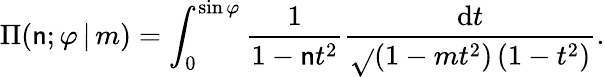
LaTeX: \Pi(\mathsf{n};\varphi\, |\, m)=\int_{0}^{\sin\varphi}{\frac{{1}}{{1-\mathsf{n}t^{2}}}}{\frac{{\mathrm{{d}}t}}{{\sqrt{}{{\left(1-mt^{2}\right)\left(1-t^{2}\right)}}}}}.